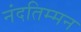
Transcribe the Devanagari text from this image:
नंदतिम्मन